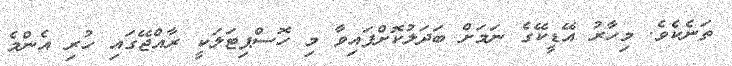
ތަނެެކެވެ. މިހާރު އޭޑީކޭގެ ނަމަށް ބަދަލުކޮށްފައިވާ މި ހޮސްޕިޓަލަކީ ރާއްޖޭގައި ހުރި އެންމެ